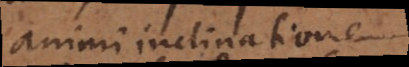
animi inclinatione